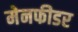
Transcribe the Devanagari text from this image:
मेनफीडर